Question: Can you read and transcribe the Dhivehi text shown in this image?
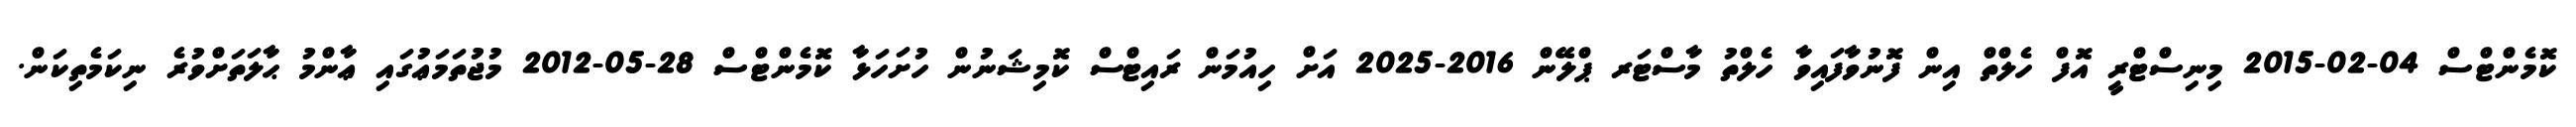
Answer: ކޮމެންޓްސް 04-02-2015 މިނިސްޓްރީ އޮފް ހެލްތް އިން ފޮނުވާފައިވާ ހެލްތު މާސްޓަރ ޕްލޭން 2016-2025 އަށް ހިއުމަން ރައިޓްސް ކޮމިޝަނުން ހުށަހަޅާ ކޮމެންޓްސް 28-05-2012 މުޖުތަމަޢުގައި ޢާންމު ޙާލަތަށްވުރެ ނިކަމެތިކަން.